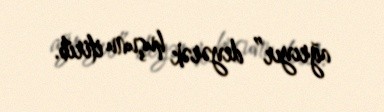
ağrıyır” deyərək huşunu itirib.